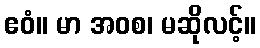
ဧဝံ။ မာ အဝစ၊ မဆိုလင့်။